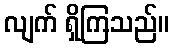
လျက် ရှိကြသည်။